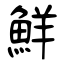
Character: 鮮